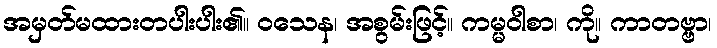
အမှတ်မထားတပါးပါး၏။ ဝသေန၊ အစွမ်းဖြင့်။ ကမ္မဝါစာ၊ ကို။ ကာတဗ္ဗာ၊